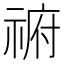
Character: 𰨈